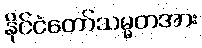
နိုင်ငံတော်သမ္မတအား